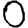
Digit: 0